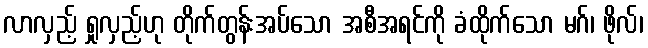
လာလှည့် ရှုလှည့်ဟု တိုက်တွန်းအပ်သော အစီအရင်ကို ခံထိုက်သော မဂ်၊ ဖိုလ်၊